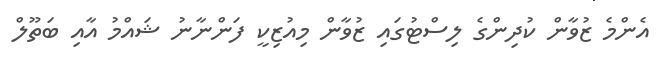
އެންމެ ޒުވާން ކުދިންގެ ލިސްޓުގައި ޒުވާން މިއުޒިކީ ފަންނާނު ޝައްމު އާއި ބަތޫލް